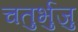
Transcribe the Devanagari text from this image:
चतुर्भुजु